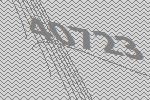
40723